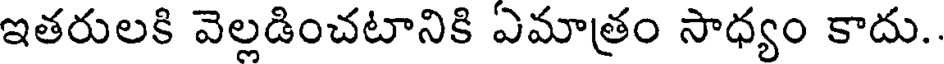
ఇతరులకి వెల్లడించటానికి ఎమాత్రం సాధ్యం కాదు..